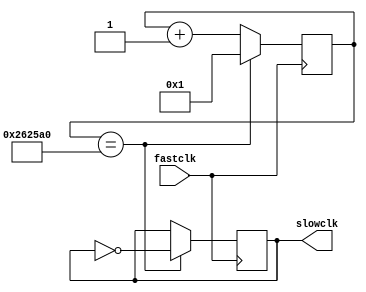
`timescale 1ns / 1ps
//////////////////////////////////////////////////////////////////////////////////
//////////////////////////////////////////////////////////////////////////////////


module show_clk(fastclk, slowclk);
    input fastclk; //fast clock
    output reg slowclk; //slow clock

    reg[31:0] counter;

    initial begin
        counter = 0;
        slowclk = 0;
    end

    always @(posedge fastclk)
    begin
    if(counter == 2500000) 
    begin
              counter <= 1;
              slowclk <= ~slowclk;
        end
    else 
    begin
              counter <= counter + 1;
        end
    end

endmodule